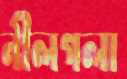
নীলগলা